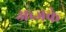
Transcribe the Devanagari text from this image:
अब्जके